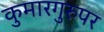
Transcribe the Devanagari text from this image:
कुमारगुरुपर